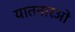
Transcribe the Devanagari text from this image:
यातनारओं